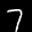
Label: 7